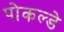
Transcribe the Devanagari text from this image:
पोकल्डे